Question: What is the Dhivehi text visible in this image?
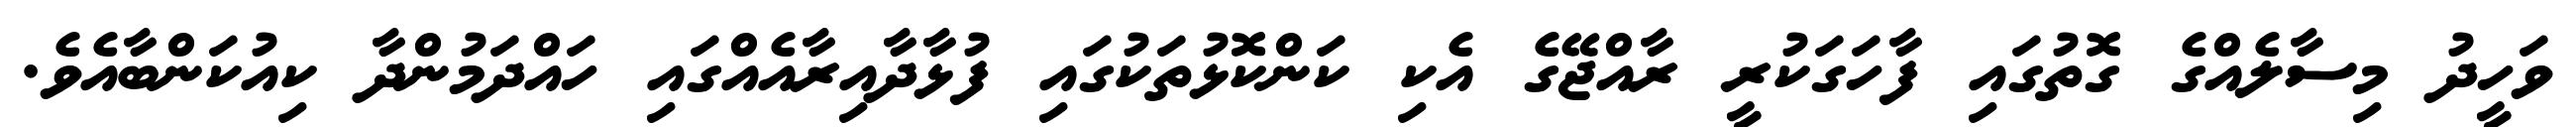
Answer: ވަހީދު މިސާލެއްގެ ގޮތުގައި ފާހަގަކުރީ ރާއްޖޭގެ އެކި ކަންކޮޅުތަކުގައި ފުޅާދާއިރާއެއްގައި ހައްދަމުންދާ ކިއުކަންބާއެވެ.